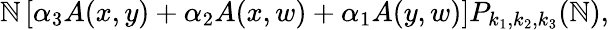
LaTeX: \mathbb{N}\left[\alpha_{3}A(x,y)+\alpha_{2}A(x,w)+\alpha_{1}A(y,w)\right]P_{k_{1},k_{2},k_{3}}(\mathbb{N}),